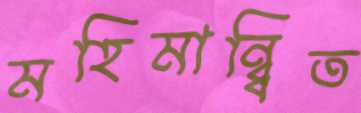
মহিমান্ব্বিত